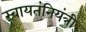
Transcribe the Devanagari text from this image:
स्वायतंनियंत्री